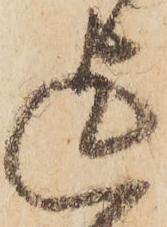
迄